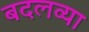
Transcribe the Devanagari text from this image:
बदलव्या